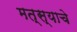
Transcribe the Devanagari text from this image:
मत्स्याचे